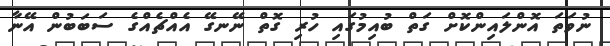
ނުވަތަ އޮންލައިންކޮށް ގަތް ބުއިމުގައި ހުރި ގޮތް ނޭނގޭ އެއްޗެއްގެ ސަބަބުން އޭނާ